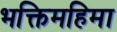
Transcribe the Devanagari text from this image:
भक्तिमहिमा